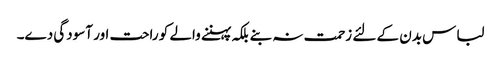
لباس بدن کے لئے زحمت نہ بنے بلکہ پہننے والے کو راحت اور آسودگی دے۔